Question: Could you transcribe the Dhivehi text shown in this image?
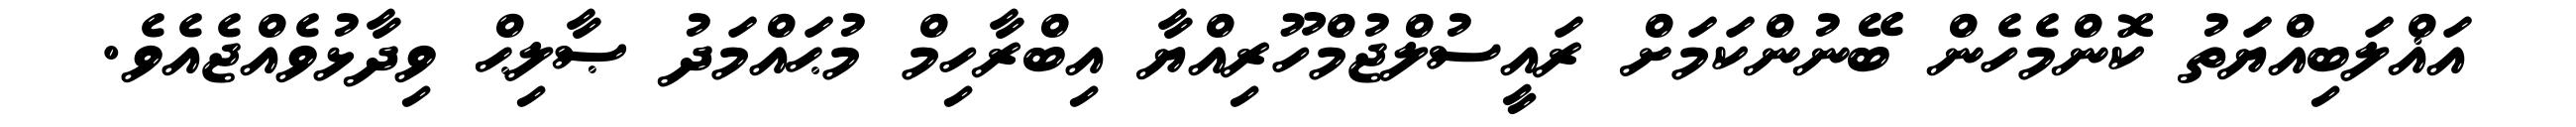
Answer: އަޣްލަބިއްޔަތު ކޮންމެހެން ބޭނުންކަމަށް ރައީސުލްޖުމްހޫރިއްޔާ އިބްރާހިމް މުޙައްމަދު ޞާލިޙް ވިދާޅުވެއްޖެއެވެ.